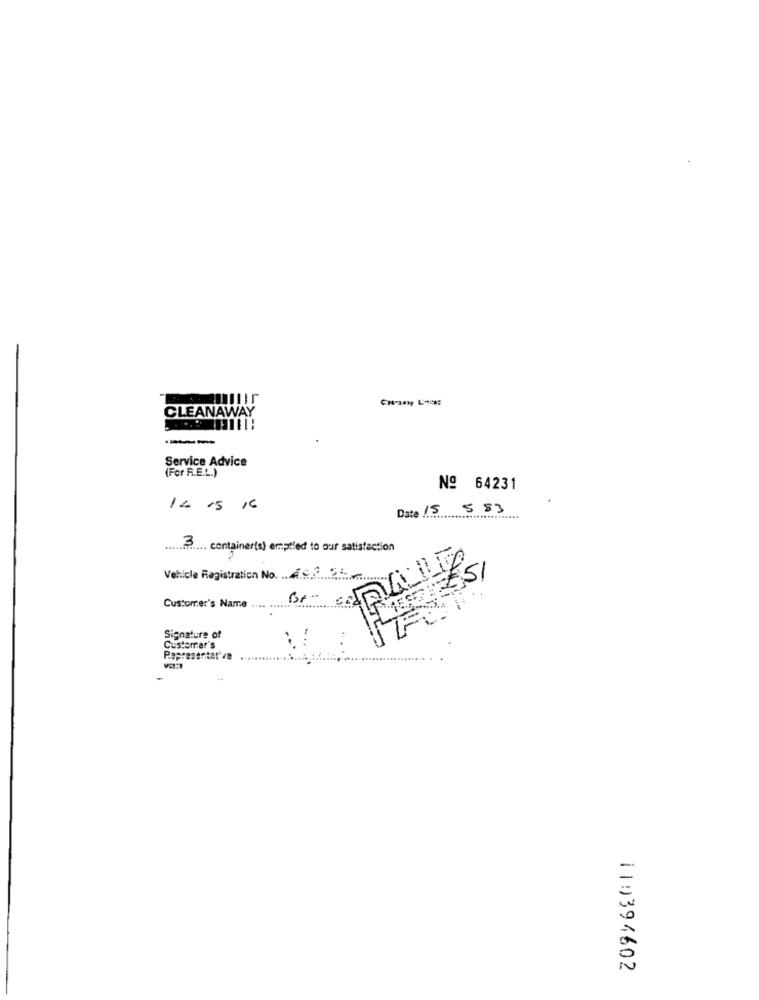
CLEANAWAY
---
Service Advice
(For R.E.L.)
Nº 64231
14 15 16
Date 15 5 53
3
3 .... container(s) emptied to our satisfaction
Vehicle Registration No. 40856
2.51
17
Customer's Name
Be-
Signature of
Custerrar's
Representative
119394602